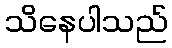
သိနေပါသည်